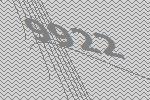
9922